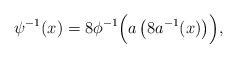
LaTeX: \begin{align*}\psi^{-1}(x) =8\phi^{-1}\Bigl(a\left(8a^{-1}(x)\right)\Bigr),\end{align*}